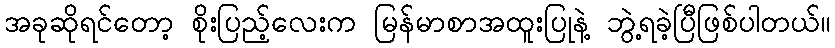
အခုဆိုရင်တော့ စိုးပြည့်လေးက မြန်မာစာအထူးပြုနဲ့ ဘွဲ့ရခဲ့ပြီဖြစ်ပါတယ်။